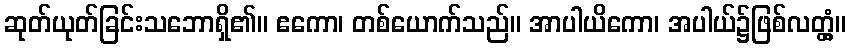
ဆုတ်ယုတ်ခြင်းသဘောရှိ၏။ ဧကော၊ တစ်ယောက်သည်။ အာပါယိကော၊ အပါယ်၌ဖြစ်လတ္တံ့။